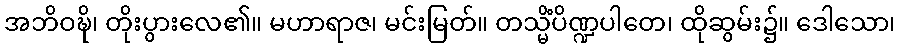
အဘိဝဍ္ဎိ၊ တိုးပွားလေ၏။ မဟာရာဇ၊ မင်းမြတ်။ တသ္မိံပိဏ္ဍပါတေ၊ ထိုဆွမ်း၌။ ဒေါသော၊